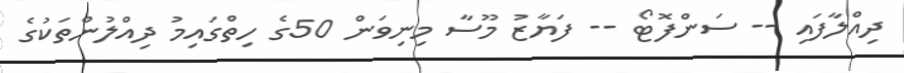
ދިއްލާފައި -- ސަންފޮޓޯ -- ފަޔާޒު މޫސާ މިނިވަން 50ގެ ހިތްގައިމު ދިއްލުންތަކުގެ